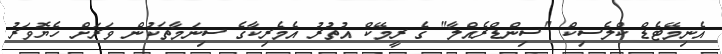
އެނިމޭޓެޑް ކްލެސިކް "ސިންޑްރެއްލާ" ގެ ރީމޭކް އުތުރު އެމެރިކާގެ ސިނަމާތަކުން ވަރަށް ހެޔޮވަރު